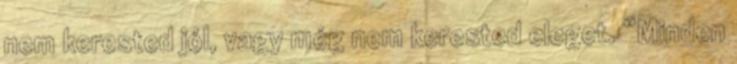
nem kerested jól, vagy még nem kerested eleget. “Minden